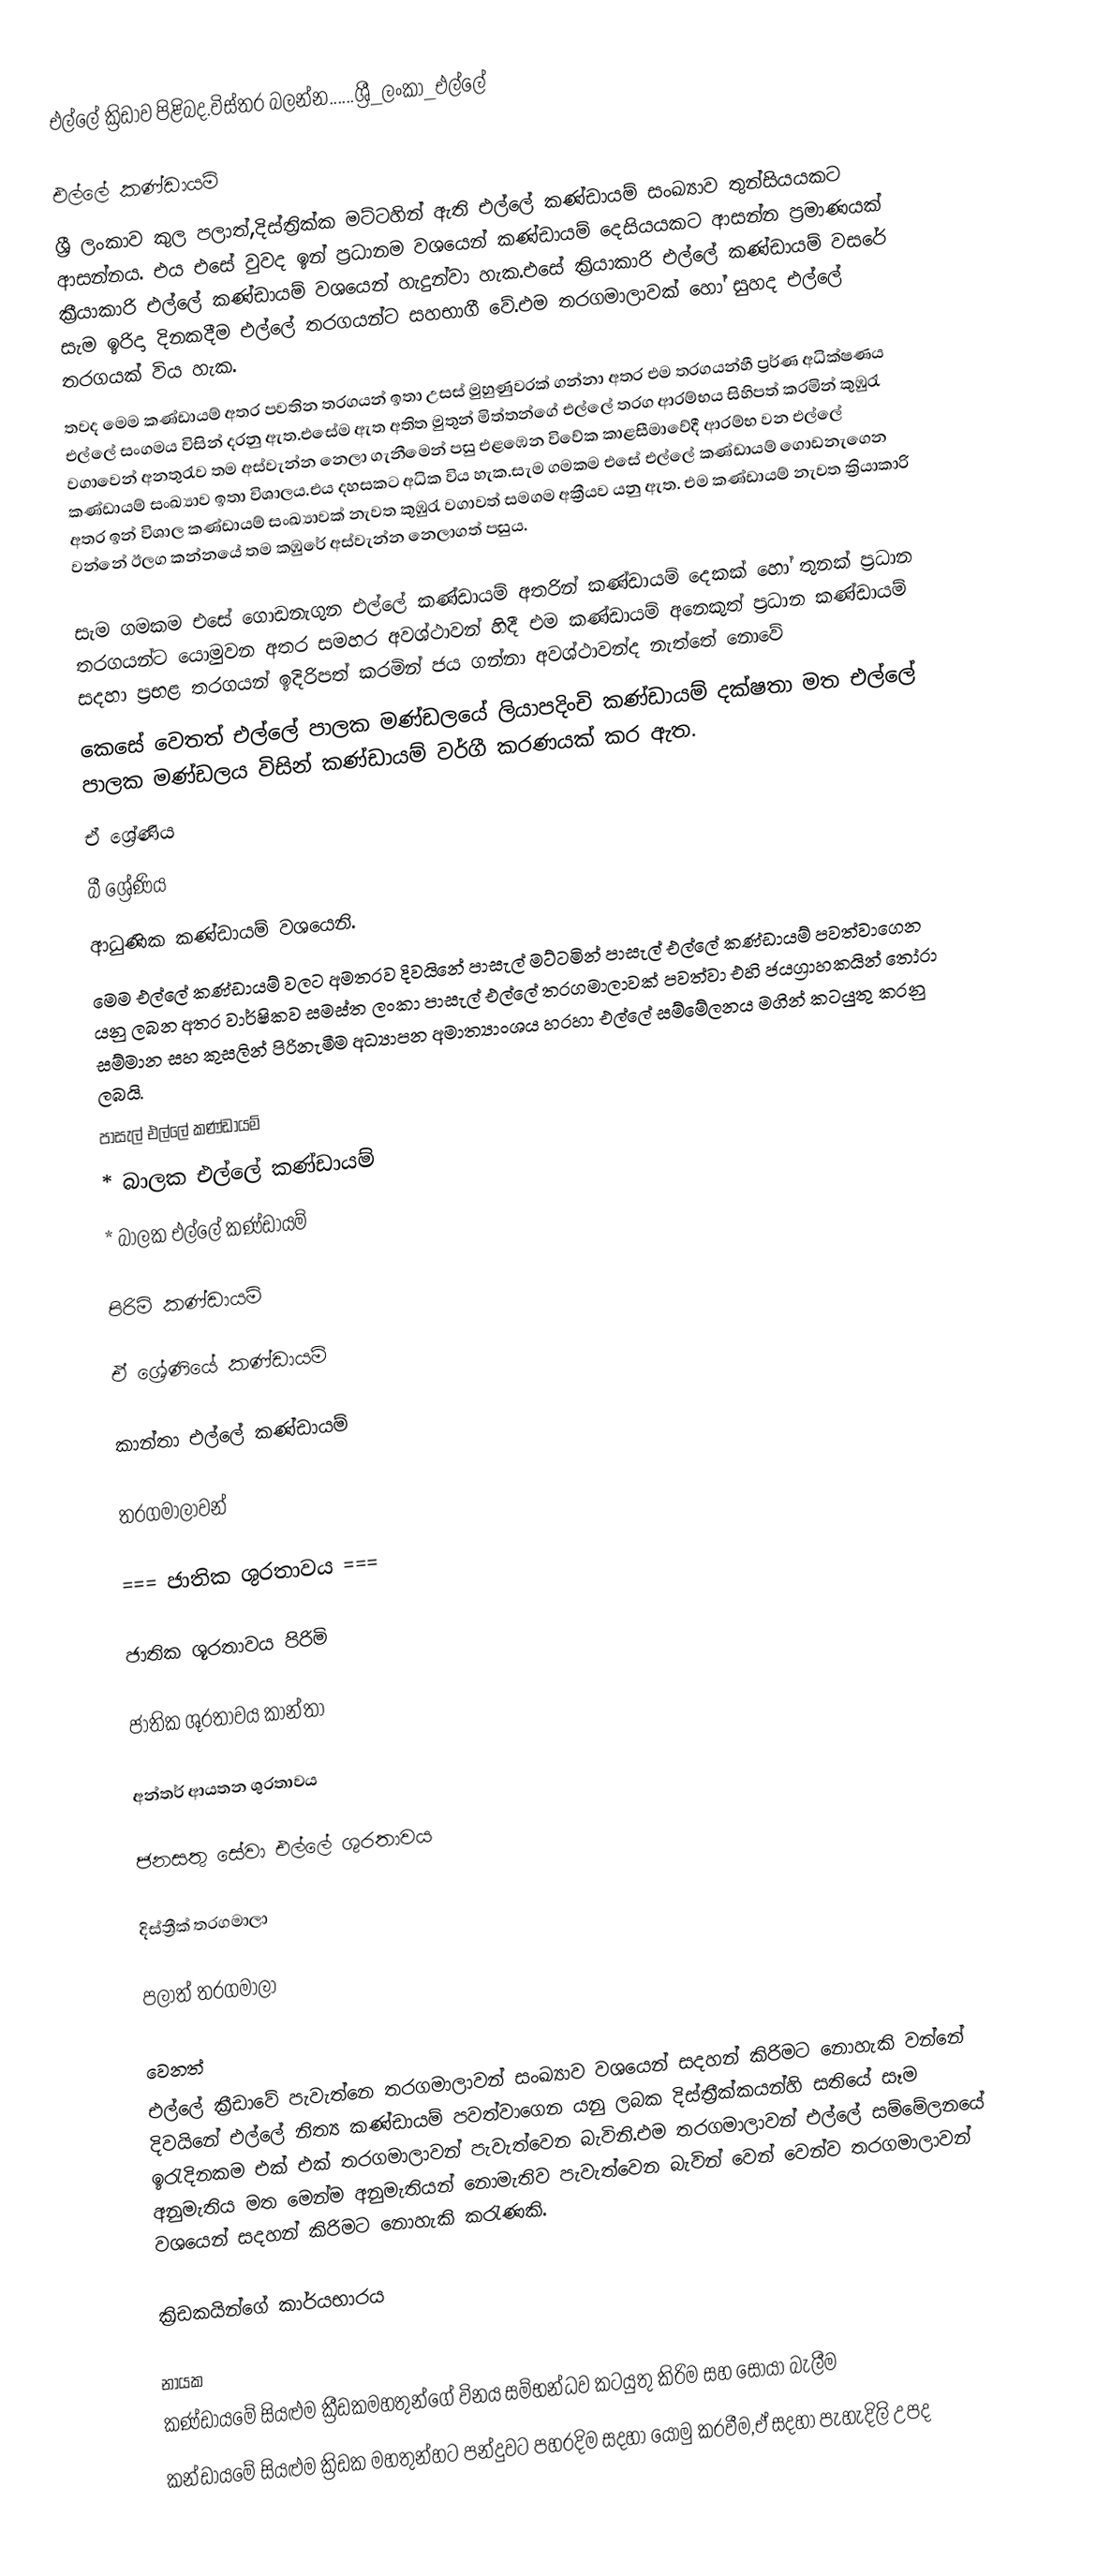
එල්ලේ ක්‍රිඩාව පිළිබද.විස්තර බලන්න......ශ්‍රී_ලංකා_එල්ලේ

එල්ලේ කණ්ඩායම්
ශ්‍රී ලංකාව කුල පලාත්,දිස්ත්‍රික්ක මට්ටහින් ඇති එල්ලේ කණ්ඩායම් සංඛ්‍යාව තුන්සියයකට ආසන්නය. එය එසේ වුවද ඉන් ප්‍රධානම වශයෙන් කණ්ඩායම් දෙසියයකට ආසන්න ප්‍රමාණයක් ක්‍රීයාකාරි එල්ලේ කණ්ඩායම් වශයෙන් හැදුන්වා හැක.එසේ ක්‍රියාකාරි එල්ලේ කණ්ඩායම් වසරේ සැම ඉරිදා දිනකදීම එල්ලේ තරගයන්ට සහභාගී වේ.එම තරගමාලාවක් හෝ සුහද එල්ලේ තරගයක් විය හැක.
තවද මෙම කණ්ඩායම් අතර පවතින තරගයන් ඉතා උසස් මුහුණුවරක් ගන්නා අතර එම තරගයන්හී ප්‍රර්ණ අධික්ෂණය එල්ලේ සංගමය විසින් දරනු ඇත.එසේම ඇත අතිත මුතුන් මිත්තන්ගේ එල්ලේ තරග ආරම්භය සිහිපත් කරමින් කුඹුරැ වගාවෙන් අනතුරැව තම අස්වැන්න නෙලා ගැනීමෙන් පසු එළඹෙන විවේක කාළසීමාවේදී ආරම්භ වන එල්ලේ කණ්ඩායම් සංඛ්‍යාව ඉතා විශාලය.එය දහසකට අධික විය හැක.සැම ගමකම එසේ එල්ලේ කණ්ඩායම් ගොඩනැගෙන අතර ඉන් විශාල කණ්ඩායම් සංඛ්‍යාවක් නැවත කුඹුරැ වගාවත් සමගම අක්‍රීයව යනු ඇත. එම කණ්ඩායම් නැවත ක්‍රියාකාරි වන්නේ ඊලග කන්නයේ තම කඹුරේ අස්වැන්න නෙලාගත් පසුය.

සැම ගමකම එසේ ගොඩනැගුන එල්ලේ කණ්ඩායම් අතරින් කණ්ඩායම් දෙකක් හෝ තුනක් ප්‍රධාන තරගයන්ට යොමුවන අතර සමහර අවශ්ථාවන් හිදී එම කණ්ඩායම් අනෙකුත් ප්‍රධාන කණ්ඩායම් සදහා ප්‍රභළ තරගයන් ඉදිරිපත් කරමින් ජය ගන්නා අවශ්ථාවන්ද නැත්තේ නොවේ
කෙසේ වෙතත් එල්ලේ පාලක මණ්ඩලයේ ලියාපදිංචි කණ්ඩායම් දක්ෂතා මත එල්ලේ පාලක මණ්ඩලය විසින් කණ්ඩායම් වර්ගී කරණයක් කර ඇත.
 ඒ ශ්‍රේණිය
 බී ශ්‍රේණිය
 ආධුණික කණ්ඩායම් වශයෙනි.
මෙම එල්ලේ කණ්ඩායම් වලට අමතරව දිවයිනේ පාසැල් මට්ටමින් පාසැල් එල්ලේ කණ්ඩායම් පවත්වාගෙන යනු ලබන අතර වාර්ෂිකව සමස්ත ලංකා පාසැල් එල්ලේ තරගමාලාවක් පවත්වා එහි ජයග්‍රාහකයින් තෝරා සම්මාන සහ කුසලින් පිරිනැමීම අධ්‍යාපන අමාත්‍යාංශය හරහා එල්ලේ සම්මේලනය මගින් කටයුතු කරනු ලබයි.
 පාසැල් එල්ලේ කණ්ඩායම්
 * බාලක එල්ලේ කණ්ඩායම්
 * බාලක එල්ලේ කණ්ඩායම්

පිරිමි කණ්ඩායම්

 ඒ ශ්‍රේණියේ කණ්ඩායම්

කාන්තා එල්ලේ කණ්ඩායම්

තරගමාලාවන්

=== ජාතික ශුරතාවය ===

ජාතික ශූරතාවය පිරිමි

ජාතික ශූරතාවය කාන්තා

අන්තර් ආයතන ශුරතාවය

ජනසතු සේවා එල්ලේ ශුරතාවය

දිස්ත්‍රීක් තරගමාලා

පලාත් තරගමාලා

වෙනත්
එල්ලේ ක්‍රීඩාවේ පැවැත්නෙ තරගමාලාවන් සංඛ්‍යාව වශයෙන් සදහන් කිරිමට නොහැකි වන්නේ දිවයිනේ එල්ලේ නිත්‍ය කණ්ඩායම් පවත්වාගෙන යනු ලබක දිස්ත්‍රීක්කයන්හි සතියේ සෑම ඉරැදිනකම එක් එක් තරගමාලාවන් පැවැත්වෙන බැවිනි.එම තරගමාලාවන් එල්ලේ සම්මේලනයේ අනුමැතිය මත මෙන්ම අනුමැතියන් නොමැතිව පැවැත්වෙන බැවින් වෙන් වෙන්ව තරගමාලාවන් වශයෙන් සදහන් කිරිමට නොහැකි කරැණකි.

ක්‍රිඩකයින්ගේ කාර්යභාරය

නායක
  කණ්ඩායමේ සියළුම ක්‍රීඩකමහතුන්ගේ විනය සම්භන්ධව කටයුතු කිරිම සහ සොයා බැලීම
  කන්ඩායමේ සියළුම ක්‍රිඩක මහතුන්හට පන්දුවට පහරදිම සදහා යොමු කරවීම,ඒ සදහා පැහැදිලි උපද